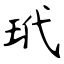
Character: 玳